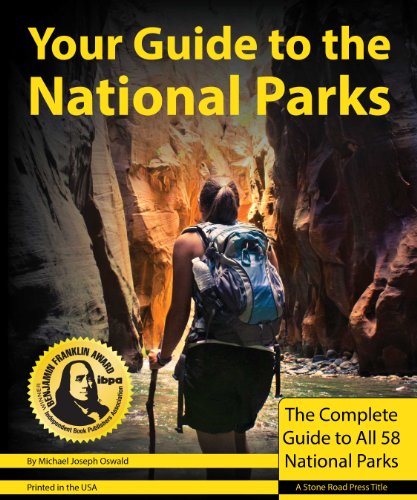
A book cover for Your Guide to the National Parks: The Complete Guide to all 58 National Parks; Michael Joseph Oswald; Travel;